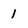
Character: 1